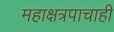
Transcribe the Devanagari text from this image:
महाक्षत्रपाचाही